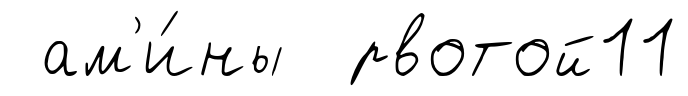
ам'и́ны рвотой11